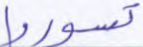
تسوروا